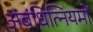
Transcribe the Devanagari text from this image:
अंबंधित्नियमों